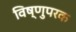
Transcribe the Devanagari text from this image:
विष्णुपरक